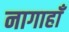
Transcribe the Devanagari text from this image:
नागाहाँ